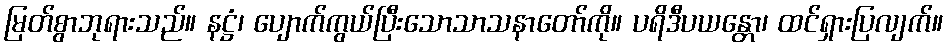
မြတ်စွာဘုရားသည်။ နဋ္ဌံ၊ ပျောက်ကွယ်ပြီးသောသာသနာတော်ကို။ ပရိဒီပယန္တော၊ ထင်ရှားပြလျက်။